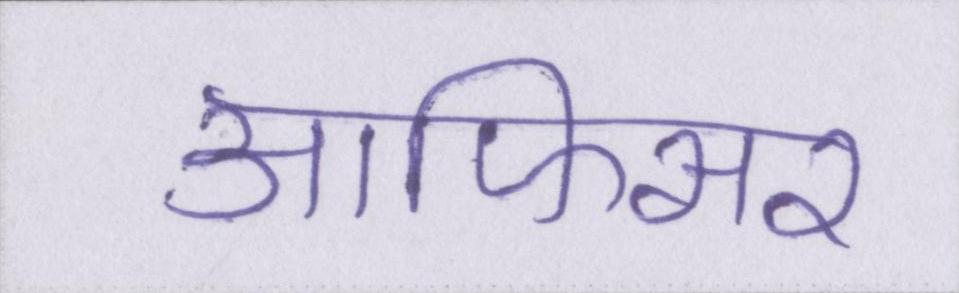
आफिसर